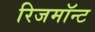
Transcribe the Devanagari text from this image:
रिजमॉन्ट